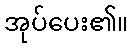
အုပ်ပေး၏။